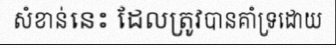
សំខាន់នេះ ដែលត្រូវបានគាំទ្រដោយ